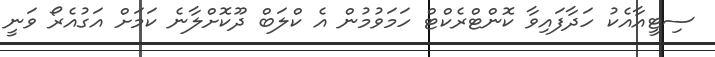
ސިޓީއާއެކު ހަދާފައިވާ ކޮންޓްރެކްޓް ހަމަވުމުން އެ ކްލަބް ދޫކޮށްލާނެ ކަމަށް އަގުއެރޯ ވަނީ